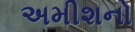
અમીશનો